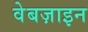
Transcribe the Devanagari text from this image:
वेबज़ाइन